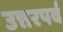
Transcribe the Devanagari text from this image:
उत्तरपर्व